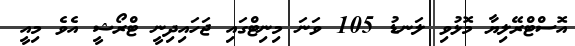
އޮސްޓްރޭލިޔާ މޮޅުވި ލަނޑު 105 ވަނަ މިނިޓްގައި ޖަހައިދިނީ ޓްރޯޝީ އެވެ މިއީ